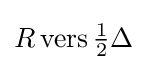
R\operatorname {vers} {\tfrac {1}{2}}\Delta